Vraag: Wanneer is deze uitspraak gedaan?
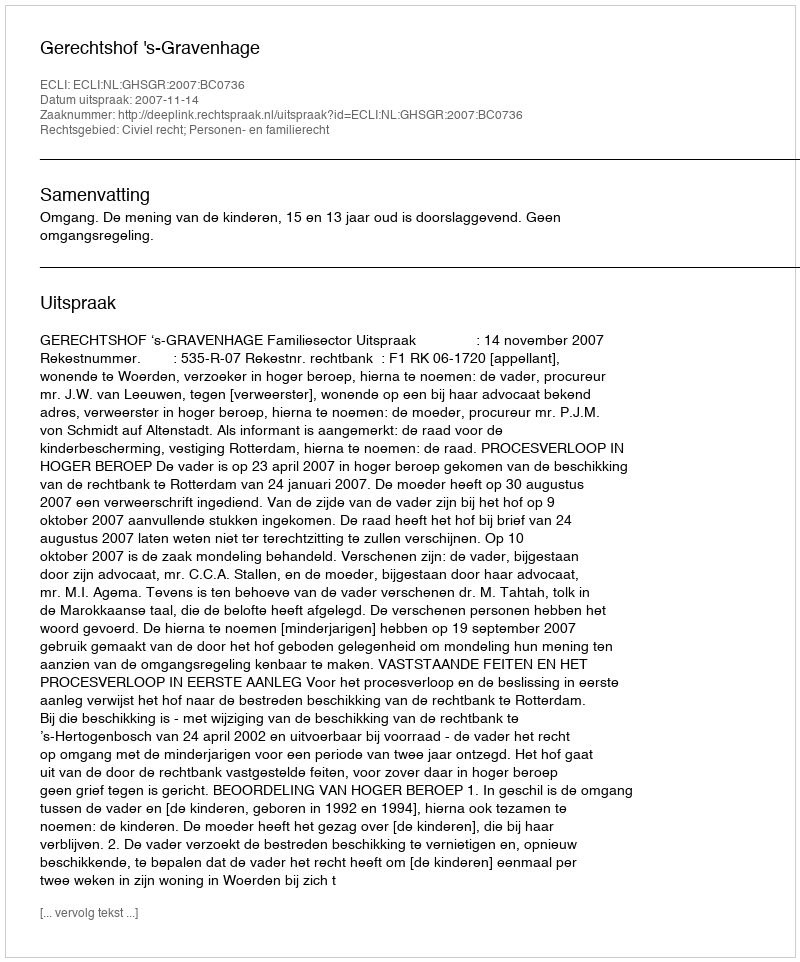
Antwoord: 2007-11-14